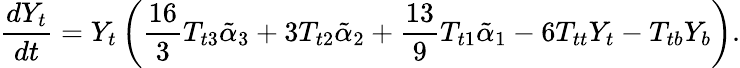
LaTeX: \frac{dY_{t}}{dt}=Y_{t}\left(\frac{16}{3}T_{t3}\tilde{\alpha}_{3}+3T_{t2}\tilde{\alpha}_{2}+\frac{13}{9}T_{t1}\tilde{\alpha}_{1}-6T_{tt}Y_{t}-T_{tb}Y_{b}\right).